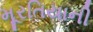
મૂરતિયાની